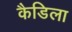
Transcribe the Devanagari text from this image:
कैडिला